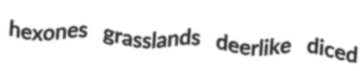
hexones grasslands deerlike diced